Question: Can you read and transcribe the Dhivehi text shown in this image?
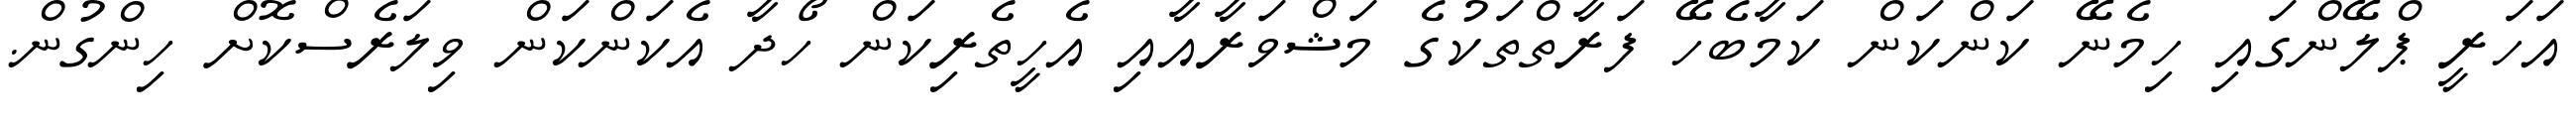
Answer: އަހަރީ ޕްލޭންގައި ހިމެނޭ ކަންކަން ކަމާބެހޭ ފަރާތްތަކުގެ މަޝްވަރާއާއި އެހީތެރިކަން ހޯދާ އެކަންކަން ވިލަރެސްކޮށް ހިންގުން.